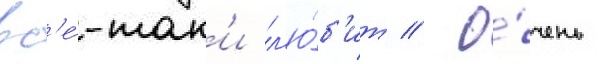
вс'е́-так'и л'ю́б'ит // О́чень